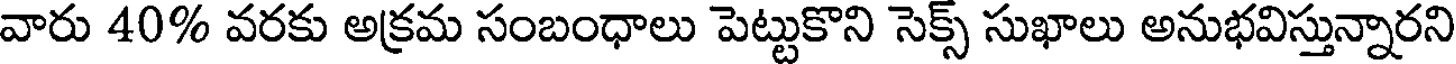
వారు 40% వరకు అక్రమ సంబంధాలు పెట్టుకొని సెక్స్ సుఖాలు అనుభవిస్తున్నారని